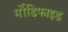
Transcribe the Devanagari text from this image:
र्मोडिफाइड